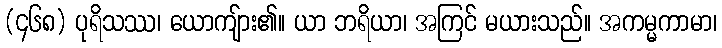
(၄၆၈) ပုရိသဿ၊ ယောကျ်ား၏။ ယာ ဘရိယာ၊ အကြင် မယားသည်။ အကမ္မကာမာ၊